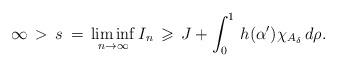
LaTeX: \begin{align*}\infty \,>\,s\,=\,\liminf_{n\to\infty}I_n \,\geqslant\, J +\int_0^1 \, h(\alpha')\chi_{A_\delta} \,d\rho.\end{align*}